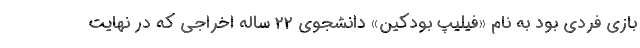
بازی فردی بود به نام «فیلیپ بودکین» دانشجوی ۲۲ ساله اخراجی که در نهایت